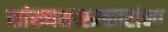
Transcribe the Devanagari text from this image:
सांख्यशास्त्रकारांना